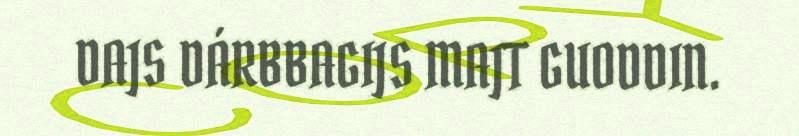
DAJS DÁRBBAGIJS MAJT GUODDIN.